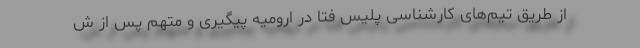
از طریق تیم‌های کارشناسی پلیس فتا در ارومیه پیگیری و متهم پس از ش